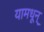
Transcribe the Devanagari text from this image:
यामधून्